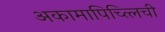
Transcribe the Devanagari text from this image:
अकामापिच्त्लिची